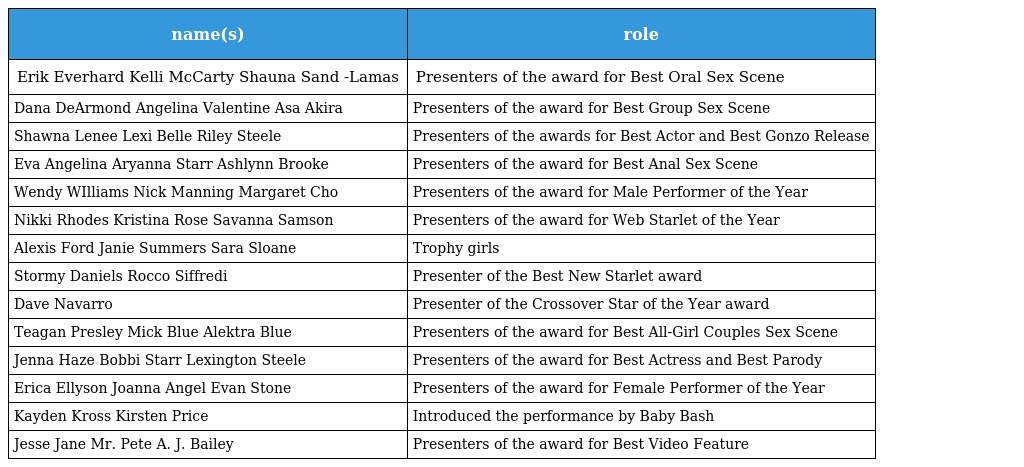
| name(s) | role |
 | --- | --- |
 | Erik Everhard Kelli McCarty Shauna Sand -Lamas | Presenters of the award for Best Oral Sex Scene |
 | Dana DeArmond Angelina Valentine Asa Akira | Presenters of the award for Best Group Sex Scene |
 | Shawna Lenee Lexi Belle Riley Steele | Presenters of the awards for Best Actor and Best Gonzo Release |
 | Eva Angelina Aryanna Starr Ashlynn Brooke | Presenters of the award for Best Anal Sex Scene |
 | Wendy WIlliams Nick Manning Margaret Cho | Presenters of the award for Male Performer of the Year |
 | Nikki Rhodes Kristina Rose Savanna Samson | Presenters of the award for Web Starlet of the Year |
 | Alexis Ford Janie Summers Sara Sloane | Trophy girls |
 | Stormy Daniels Rocco Siffredi | Presenter of the Best New Starlet award |
 | Dave Navarro | Presenter of the Crossover Star of the Year award |
 | Teagan Presley Mick Blue Alektra Blue | Presenters of the award for Best All-Girl Couples Sex Scene |
 | Jenna Haze Bobbi Starr Lexington Steele | Presenters of the award for Best Actress and Best Parody |
 | Erica Ellyson Joanna Angel Evan Stone | Presenters of the award for Female Performer of the Year |
 | Kayden Kross Kirsten Price | Introduced the performance by Baby Bash |
 | Jesse Jane Mr. Pete A. J. Bailey | Presenters of the award for Best Video Feature |